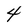
Character: 4